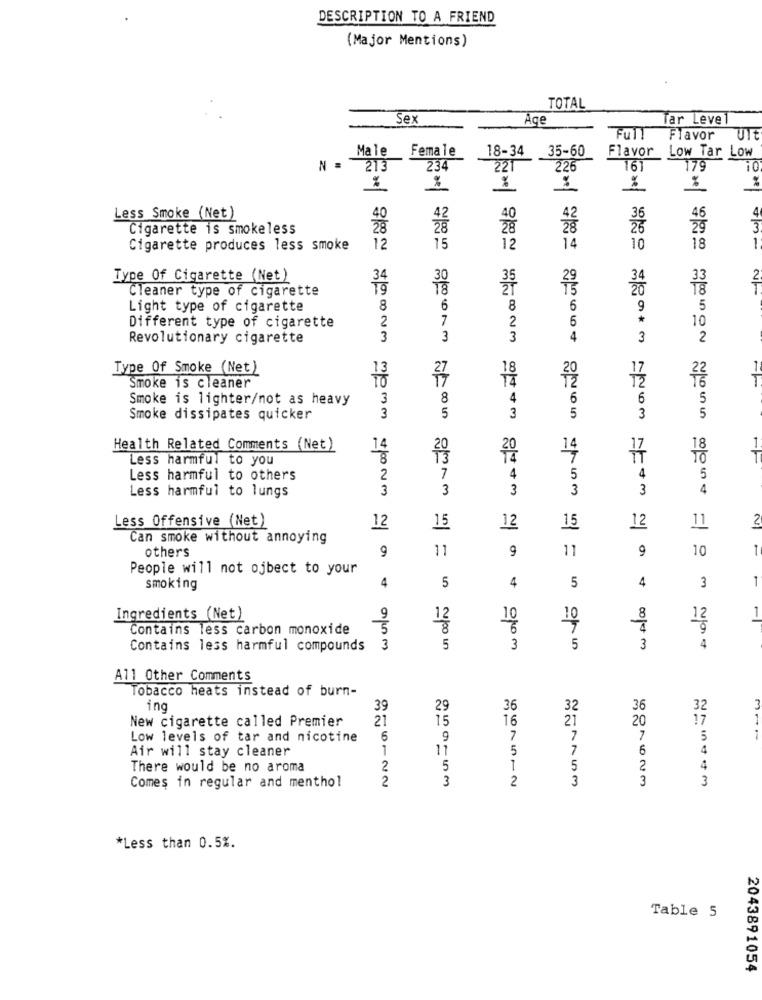
DESCRIPTION TO A FRIEND
(Major Mentions)
TOTAL
Sex
Age
Tar Leve
Full
Flavor
Ult
Male
Female
Flavor
Low Tar Low
18-34 35-60
N =
213
234
221
226
161
179
10
%
%
4
Less Smoke (Net)
42
36
Cigarette is smokeless
26
3
14
1.
Cigarette produces less smoke
12
15
12
10
18
Type Of Cigarette (Net)
34
34
2
Cleaner type of cigarette
29
Light type of cigarette
8
6
8
6
9
5
2
7
*
10
Different type of cigarette
6
Revolutionary cigarette
3
3
3
4
3
2
war
Type Of Smoke (Net)
27
22
T
Smoke is cleaner
Smoke is lighter/not as heavy
3
8
4
6
6
5
zemo
Smoke dissipates quicker
3
5
3
5
3
5
Health Related Comments (Net)
20
18
Less harmful to you
20
14
17
10
11
Less harmful to others
2
7
4
5
4
5
Less harmful to lungs
3
3
3
3
3
4
Less Offensive (Net)
2
12
15
12
15
12
11
Can smoke without annoying
others
9
11
9
11
9
10
1
People will not ojbect to your
4
5
1
smoking
4
5
4
3
1
Ingredients (Net)
9
12
10
10
8
12
Contains less carbon monoxide
5
8
6
4
Contains less harmful compounds
3
5
3
5
3
4
All Other Comments
Tobacco heats instead of burn-
ing
39
29
36
32
36
32
New cigarette called Premier
21
15
16
21
20
17
Low levels of tar and nicotine
6
9
7
7
7
5
Air will stay cleaner
1
11
5
7
6
4
There would be no aroma
2
5
1
5
2
4
2
3
2
3
3
3
Comes in regular and menthol
*Less than 0.5%.
Table 5
2043891054